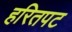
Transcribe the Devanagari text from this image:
हरितपट